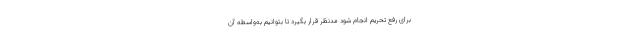
برای رفع تحریم انجام شود مدنظر قرار بگیرد تا بتوانیم به‌واسطه آن